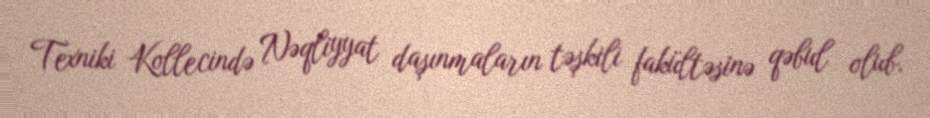
Texniki Kollecində Nəqliyyat daşınmaların təşkili fakültəsinə qəbul olub.